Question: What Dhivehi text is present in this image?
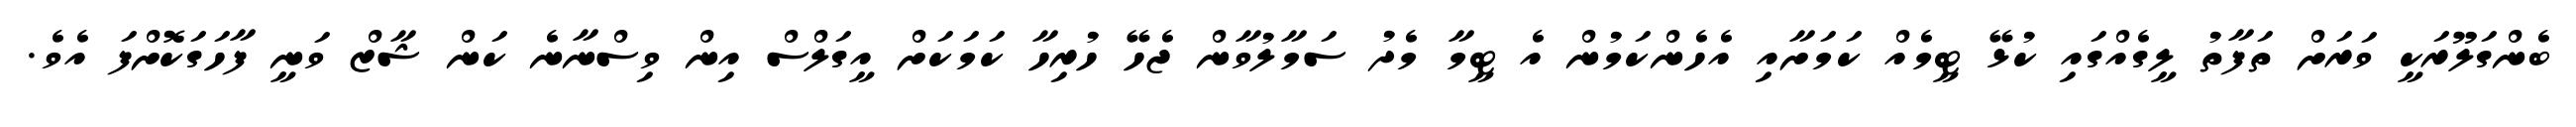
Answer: ބެންގަލޫރަކީ ވަރަށް ތަފާތު ލީގެއްގައި ކުޅޭ ޓީމެއް ކަމަށާއި އެހެންކަމުން އެ ޓީމާ މެދު ސަމާލުވާން ޖެހޭ ހުރިހާ ކަމަކަށް އީގަލްސް އިން ވިސްނާނެ ކަން ޝާޒް ވަނީ ފާހަގަކޮށްފަ އެވެ.